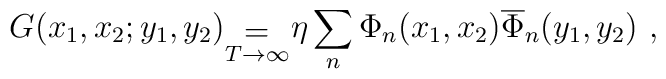
G(x_1,x_2;y_1,y_2)_{\stackrel {{\displaystyle =}}{T\rightarrow \infty}}\eta \sum_n \Phi_n(x_1,x_2)\overline \Phi_n(y_1,y_2)\ ,